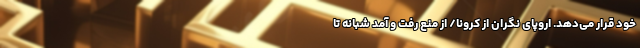
خود قرار می‌دهد. اروپای نگران از کرونا/ از منع رفت و آمد شبانه تا